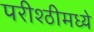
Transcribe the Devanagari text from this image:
परीश्ठीमध्ये